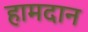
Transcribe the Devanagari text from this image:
हामदान